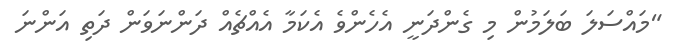
"މައްސަލަ ބަލަމުން މި ގެންދަނީ އެހެންވެ އެކަމާ އެއްޗެއް ދަންނަވަން ދަތި އަންނަ